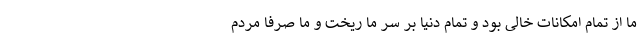
ما از تمام امکانات خالی بود و تمام دنیا بر سر ما ریخت و ما صرفاً مردم